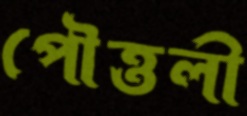
পৌত্তলী